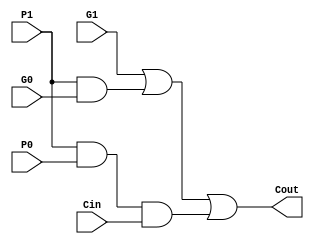
module la_t2(G0, G1, P0, P1, Cin, Cout);
	input G0, G1, P0, P1, Cin;
	output Cout;
	wire P1P0Cin;
	and P1P0Cin_and(P1P0Cin, P1, P0, Cin);
	wire P1G0;
	and P1G0_and(P1G0, P1, G0);
	or Cout_or(Cout, G1, P1G0, P1P0Cin);
endmodule